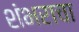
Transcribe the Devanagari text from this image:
शंभराचा